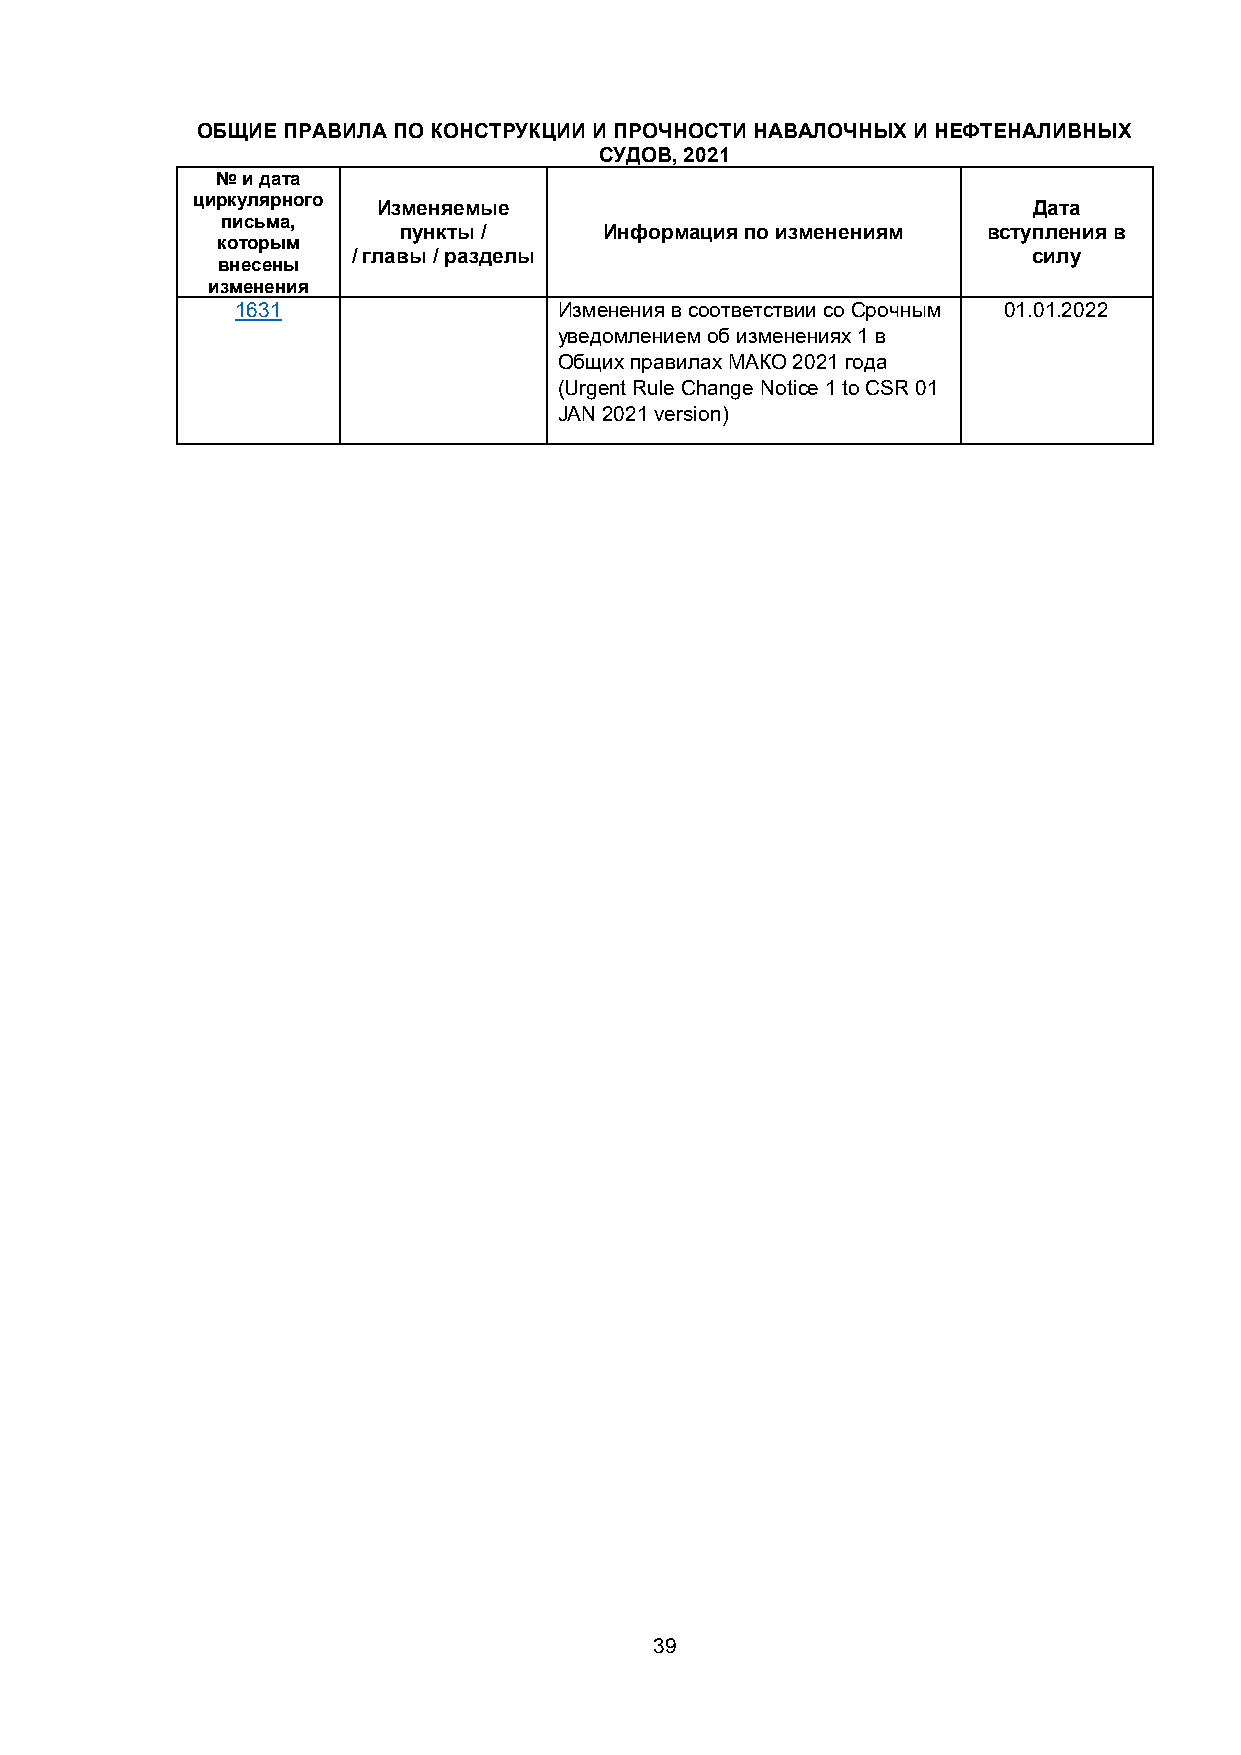
ОБЩИЕ ПРАВИЛА ПО КОНСТРУКЦИИ И ПРОЧНОСТИ НАВАЛОЧНЫХ И НЕФТЕНАЛИВНЫХ
 СУДОВ, 2021
 № и дата
 циркулярного
 Изменяемые                                 Дата
 письма,
 пункты /      Информация по изменениям вступления в
 которым
 / главы / разделы                            силу
 внесены
 изменения
 1631                 Изменения в соответствии со Срочным 01.01.2022
 уведомлением об изменениях 1 в
 Общих правилах МАКО 2021 года
 (Urgent Rule Change Notice 1 to CSR 01
 JAN 2021 version)
 39